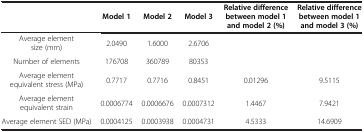
|  | Model 1 | Model 2 | Model 3 | Relative difference between model 1 and model 2 (%) | Relative difference between model 1 and model 3 (%) |
 | --- | --- | --- | --- | --- | --- |
 | Average element size (mm) | 2.0490 | 1.6000 | 2.6706 |  |  |
 | Number of elements | 176708 | 360789 | 80353 |  |  |
 | Average element equivalent stress (MPa) | 0.7717 | 0.7716 | 0.8451 | 0.01296 | 9.5115 |
 | Average element equivalent strain | 0.0006774 | 0.0006676 | 0.0007312 | 1.4467 | 7.9421 |
 | Average element SED (MPa) | 0.0004125 | 0.0003938 | 0.0004731 | 4.5333 | 14.6909 |